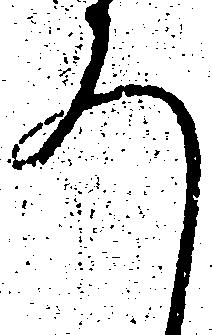
ろ